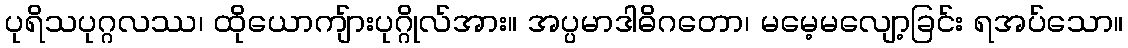
ပုရိသပုဂ္ဂလဿ၊ ထိုယောကျ်ားပုဂ္ဂိုလ်အား။ အပ္ပမာဒါဓိဂတော၊ မမေ့မလျော့ခြင်း ရအပ်သော။